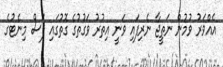
އެއްވަރު ވުމުން ނަތީޖާ ނެރިފައި ވަނީ އިތުރު ވަގުތުގެ ގޮތުގައި ފަސް މިނެޓުގެ